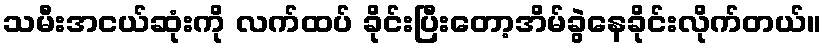
သမီးအငယ်ဆုံးကို လက်ထပ် ခိုင်းပြီးတော့အိမ်ခွဲနေခိုင်းလိုက်တယ်။